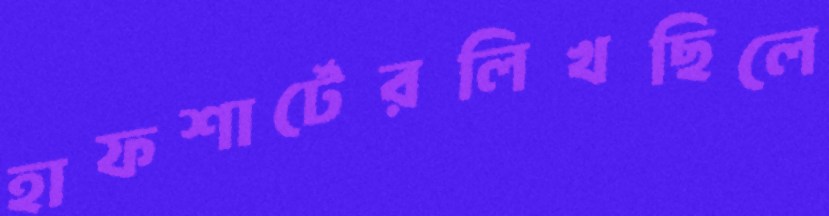
হাফশার্টেরলিখছিলে